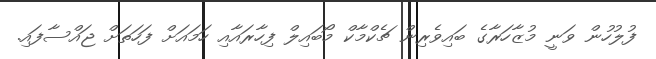
ފުލުހުން ވަނީ މުޒާހަރާގެ ބައިވެރިން ޗެކްމާކް މޯބައިލް ފިހާރައާއި ހަމައަށް ފަހަތަށް ޖައްސާފައި.